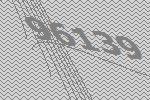
96139